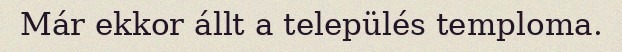
Már ekkor állt a település temploma.